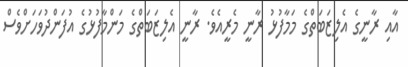
އާއި ރާނީގެ އެލިޒަބަތްގެ މަމާފުޅު ރާނީ މެރީއެވެ. ރާނީ އެލިޒަބަތްގެ މަންމާފުޅުގެ އުފަންދުވަހަށްވެސް